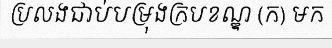
ប្រលងជាប់បម្រុងក្របខណ្ឌ (ក) មក